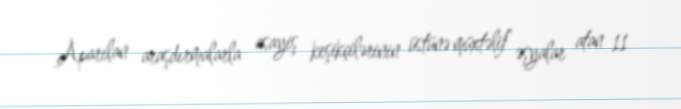
Aparılan araşdırmalarla asayiş keşikçilərinin üstünə müxtəlif əşyalar atan 11